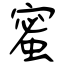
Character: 蜜